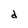
Character: d